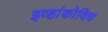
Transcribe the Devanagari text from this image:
इव्हांकोविच